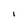
Character: l